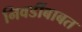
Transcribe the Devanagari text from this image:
निवडींबाबत